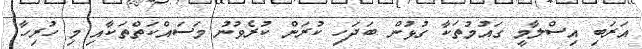
އަރަބި އިސްލާމީ ގައުމުތަކާ ގުޅުން ބަދަހި ކުރަން ކުރެވުނު މަސައްކަތްތަކާއި މި ހުރިހާ